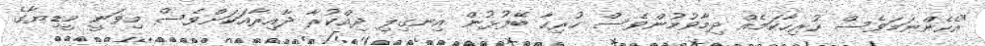
"އެެހެންނަމަވެސް ހުރިހާކަމެއް ދިމާވުމުންވެސް ހުރިހާ ބޭފުޅުން އިނގިލި ދިއްކުރާ ދާއިރާއަކަށްވެސް މިވަނީ މީޑިޔާގެ